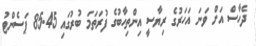
ދެހާސް އަށް ވަނަ އަހަރުގެ ރިޔާސީ އިންތިހާބުގެ ފުރަތަމަ ބުރުގައި 85.45 ޕަސެންޓު